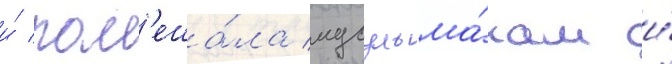
и́ пом'еша́ла мусульма́нам и́